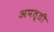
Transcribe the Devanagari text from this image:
अपत्ती